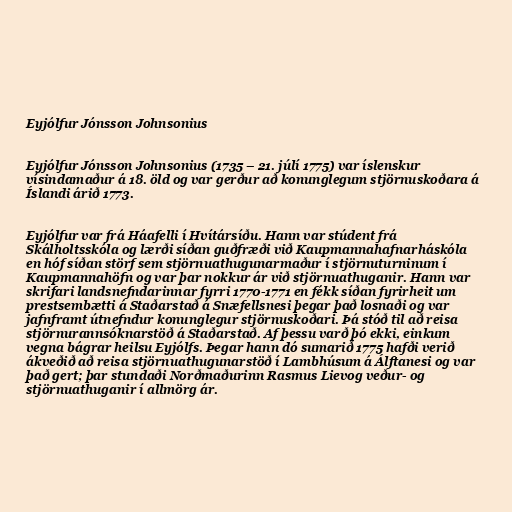
Eyjólfur Jónsson Johnsonius

Eyjólfur Jónsson Johnsonius (1735 – 21. júlí 1775) var íslenskur
vísindamaður á 18. öld og var gerður að konunglegum stjörnuskoðara á
Íslandi árið 1773.

Eyjólfur var frá Háafelli í Hvítársíðu. Hann var stúdent frá
Skálholtsskóla og lærði síðan guðfræði við Kaupmannahafnarháskóla
en hóf síðan störf sem stjörnuathugunarmaður í stjörnuturninum í
Kaupmannahöfn og var þar nokkur ár við stjörnuathuganir. Hann var
skrifari landsnefndarinnar fyrri 1770-1771 en fékk síðan fyrirheit um
prestsembætti á Staðarstað á Snæfellsnesi þegar það losnaði og var
jafnframt útnefndur konunglegur stjörnuskoðari. Þá stóð til að reisa
stjörnurannsóknarstöð á Staðarstað. Af þessu varð þó ekki, einkum
vegna bágrar heilsu Eyjólfs. Þegar hann dó sumarið 1775 hafði verið
ákveðið að reisa stjörnuathugunarstöð í Lambhúsum á Álftanesi og var
það gert; þar stundaði Norðmaðurinn Rasmus Lievog veður- og
stjörnuathuganir í allmörg ár.